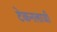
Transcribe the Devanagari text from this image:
टेकनलाजी